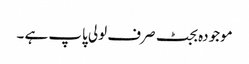
موجودہ بجٹ صرف لولی پاپ ہے ۔